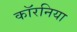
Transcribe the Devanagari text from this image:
कॉरनिया